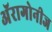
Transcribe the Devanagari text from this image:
अॅरागोनीज